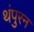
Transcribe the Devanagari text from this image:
थंपुरन